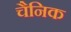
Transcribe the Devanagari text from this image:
चैनिक